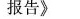
报告》